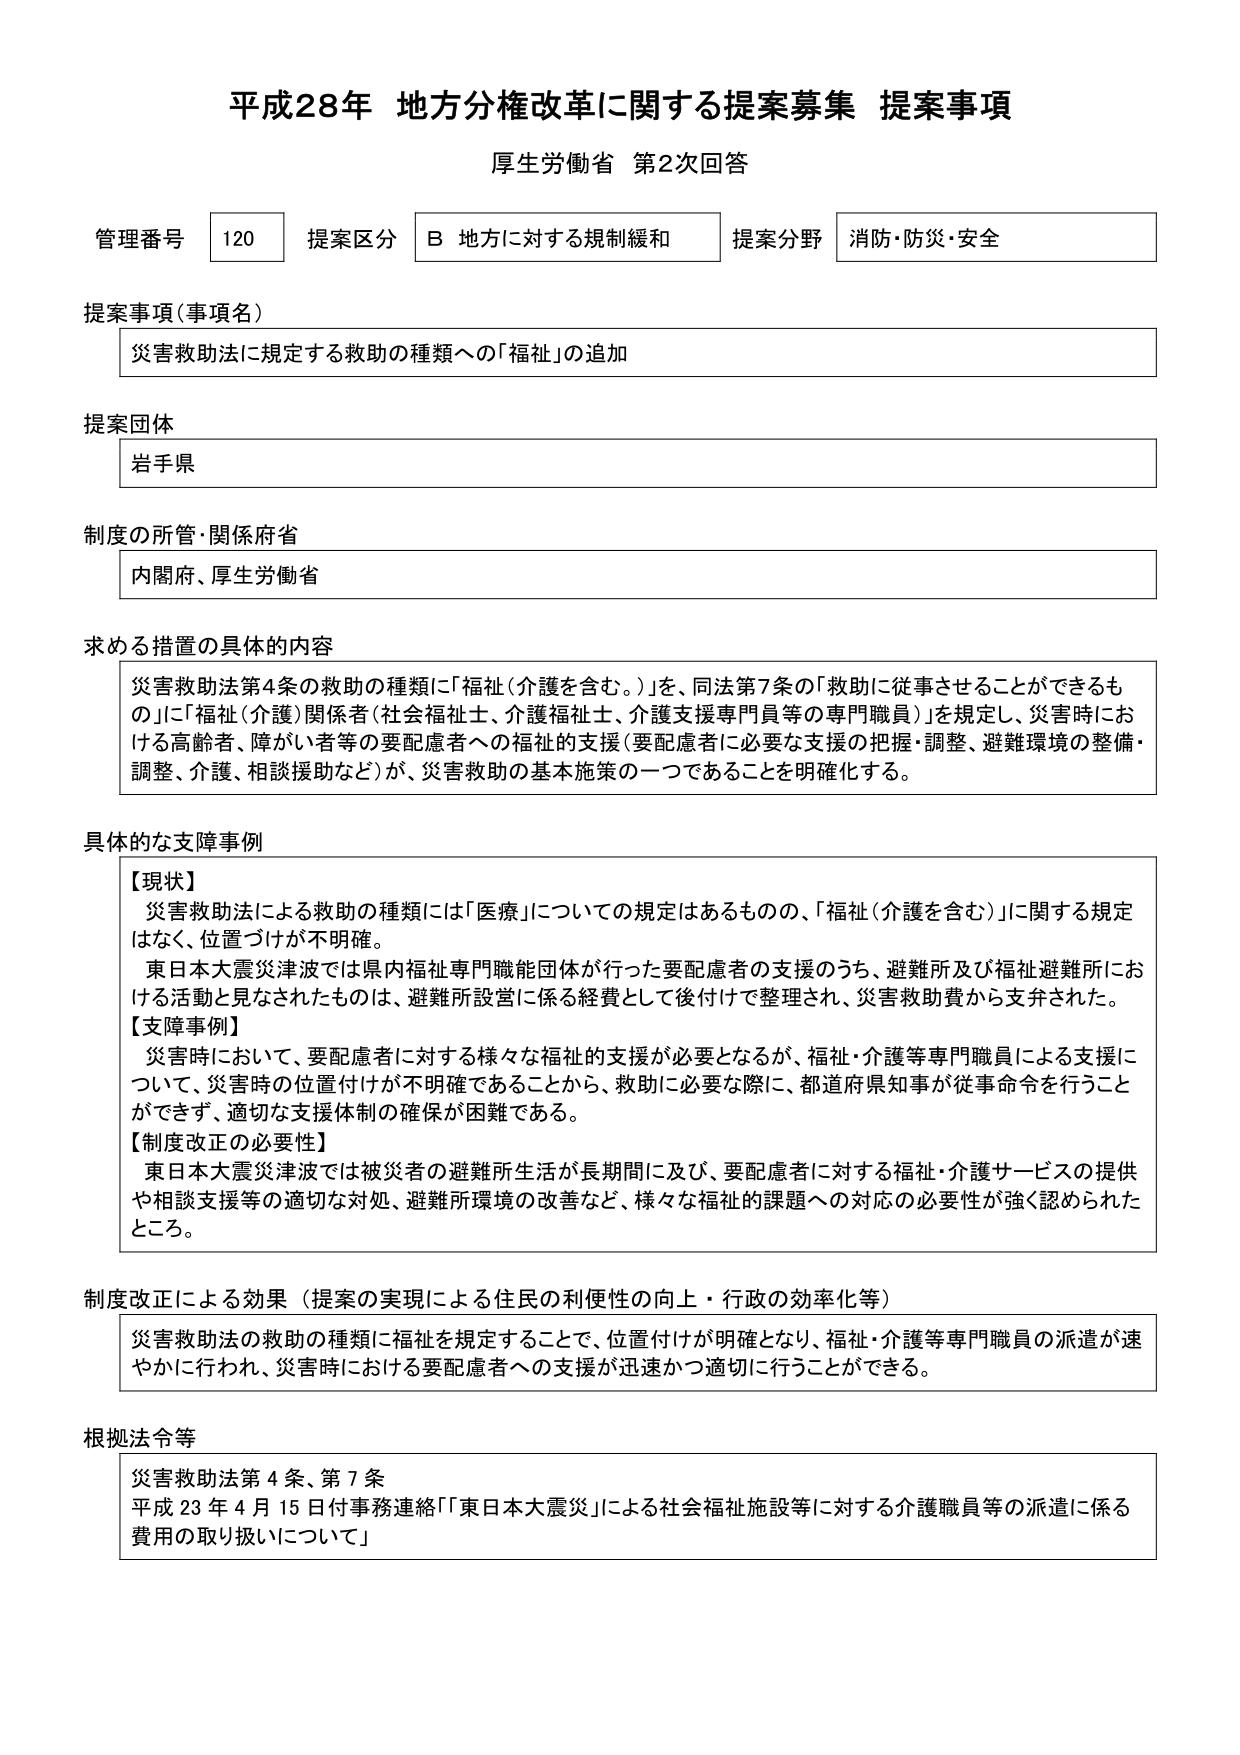
平成28年 地方分権改革に関する提案募集 提案事項
厚生労働省 第2次回答

管理番号 120 提案区分 B 地方に対する規制緩和 提案分野 消防・防災・安全

提案事項（事項名）
災害救助法に規定する救助の種類への「福祉」の追加

提案団体
岩手県

制度の所管・関係府省
内閣府、厚生労働省

求める措置の具体的内容
災害救助法第4条の救助の種類に「福祉（介護を含む。）」を、同法第7条の「救助に従事させることができるも の」に「福祉（介護）関係者（社会福祉士、介護福祉士、介護支援専門員等の専門職員）」を規定し、災害時にお ける高齢者、障がい者等の要配慮者への福祉の支援（要配慮者に必要な支援の把握・調整、避難環境の整備・ 調整、介護、相談援助など）が、災害救助の基本施策の一つであることを明確化する。

具体的な支障事例
【現状】
災害救助法による救助の種類には「医療」についての規定はあるものの、「福祉（介護を含む）」に関する規定 はなく、位置づけが不明確。
東日本大震災津波では県内福祉専門職能団体が行った要配慮者の支援のうち、避難所及び福祉避難所にお ける活動と見なされたものは、避難所設営に係る経費として後付けで整理され、災害救助費から支弁された。
【支障事例】
災害時において、要配慮者に対する様々な福祉の支援が必要となるが、福祉・介護等専門職員による支援に ついて、災害時の位置付けが不明確であることから、救助に必要な際に、都道府県知事が従事命令を行うこと ができず、適切な支援体制の確保が困難である。
【制度改正の必要性】
東日本大震災津波では被災者の避難所生活が長期間に及び、要配慮者に対する福祉・介護サービスの提供 や相談支援等の適切な対処、避難所環境の改善など、様々な福祉的課題への対応の必要性が強く認められた ところ。

制度改正による効果（提案の実現による住民の利便性の向上・行政の効率化等）
災害救助法の救助の種類に福祉を規定することで、位置付けが明確となり、福祉・介護等専門職員の派遣が速 やかに行われ、災害時における要配慮者への支援が迅速かつ適切に行うことができる。

根拠法令等
災害救助法第4条、第7条
平成23年4月15日付事務連絡「東日本大震災」による社会福祉施設等に対する介護職員等の派遣に係る 費用の取り扱いについて」